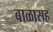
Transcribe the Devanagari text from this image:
बाळासह